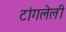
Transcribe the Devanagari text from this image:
टांगलेली